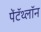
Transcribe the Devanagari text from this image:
पेंटॅथ्लॉन